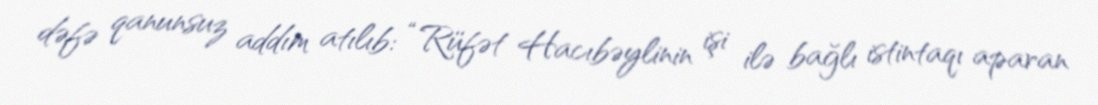
dəfə qanunsuz addım atılıb: “Rüfət Hacıbəylinin işi ilə bağlı istintaqı aparan